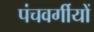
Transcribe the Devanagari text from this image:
पंचवर्गीयों